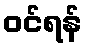
ဝင်ရန်